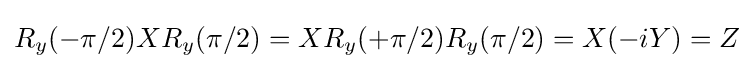
R_{y}(-\pi /2)XR_{y}(\pi /2)=XR_{y}(+\pi /2)R_{y}(\pi /2)=X(-iY)=Z